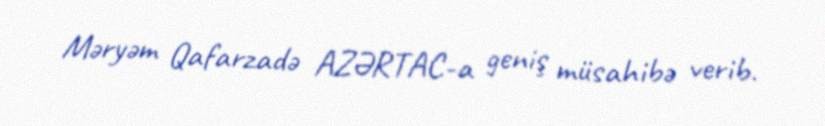
Məryəm Qafarzadə AZƏRTAC-a geniş müsahibə verib.